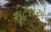
શૂટરોએ